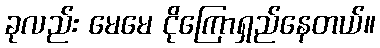
ခုလည်း မေမေ ငိုကြောရှည်နေတယ်။